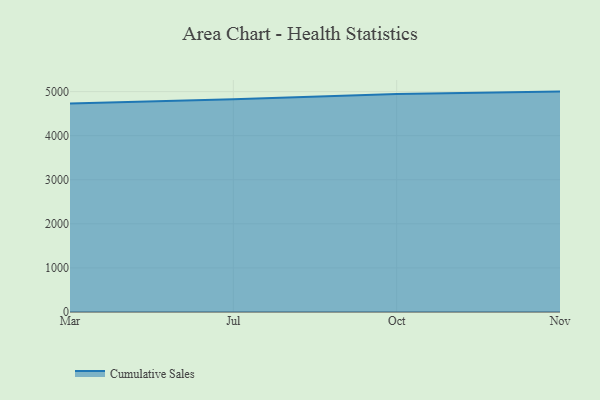
{"axis": {"x": "Month", "y": "Tickets Resolved"}, "legend": ["Cumulative Sales"], "data": [{"x": "Mar", "y": 4728.0, "type": "Cumulative Sales"}, {"x": "Jul", "y": 4826.2, "type": "Cumulative Sales"}, {"x": "Oct", "y": 4942.9, "type": "Cumulative Sales"}, {"x": "Nov", "y": 5000, "type": "Cumulative Sales"}]}